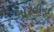
મોરલીના